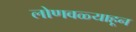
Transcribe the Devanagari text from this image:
लोणवळ्याहून